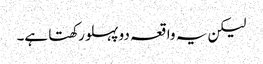
لیکن یہ واقعہ دو پہلو رکھتا ہے۔